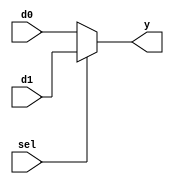
`timescale 1ns / 1ps
module multiplexer2(d0, d1, sel, y);
input [31:0] d0, d1; 
input sel;
output reg [31:0] y;
always @(sel)
	begin
		if(sel == 1)
		begin
			y = d1; 
		end
		else 
		begin
			y = d0; 
		end
	end	
endmodule